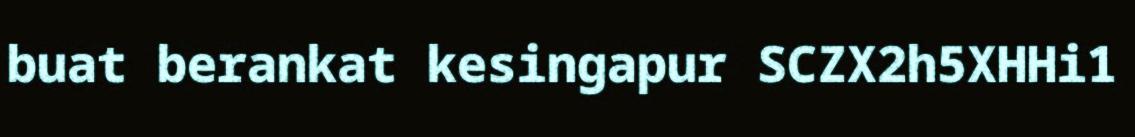
buat berankat kesingapur SCZX2h5XHHi1